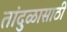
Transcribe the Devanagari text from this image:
तांदुळासाठी